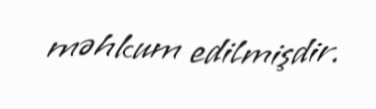
məhkum edilmişdir.